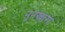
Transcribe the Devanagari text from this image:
नुनखारा